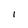
Character: I